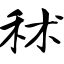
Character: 秫